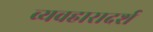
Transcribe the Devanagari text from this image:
व्‍यवहारादर्श